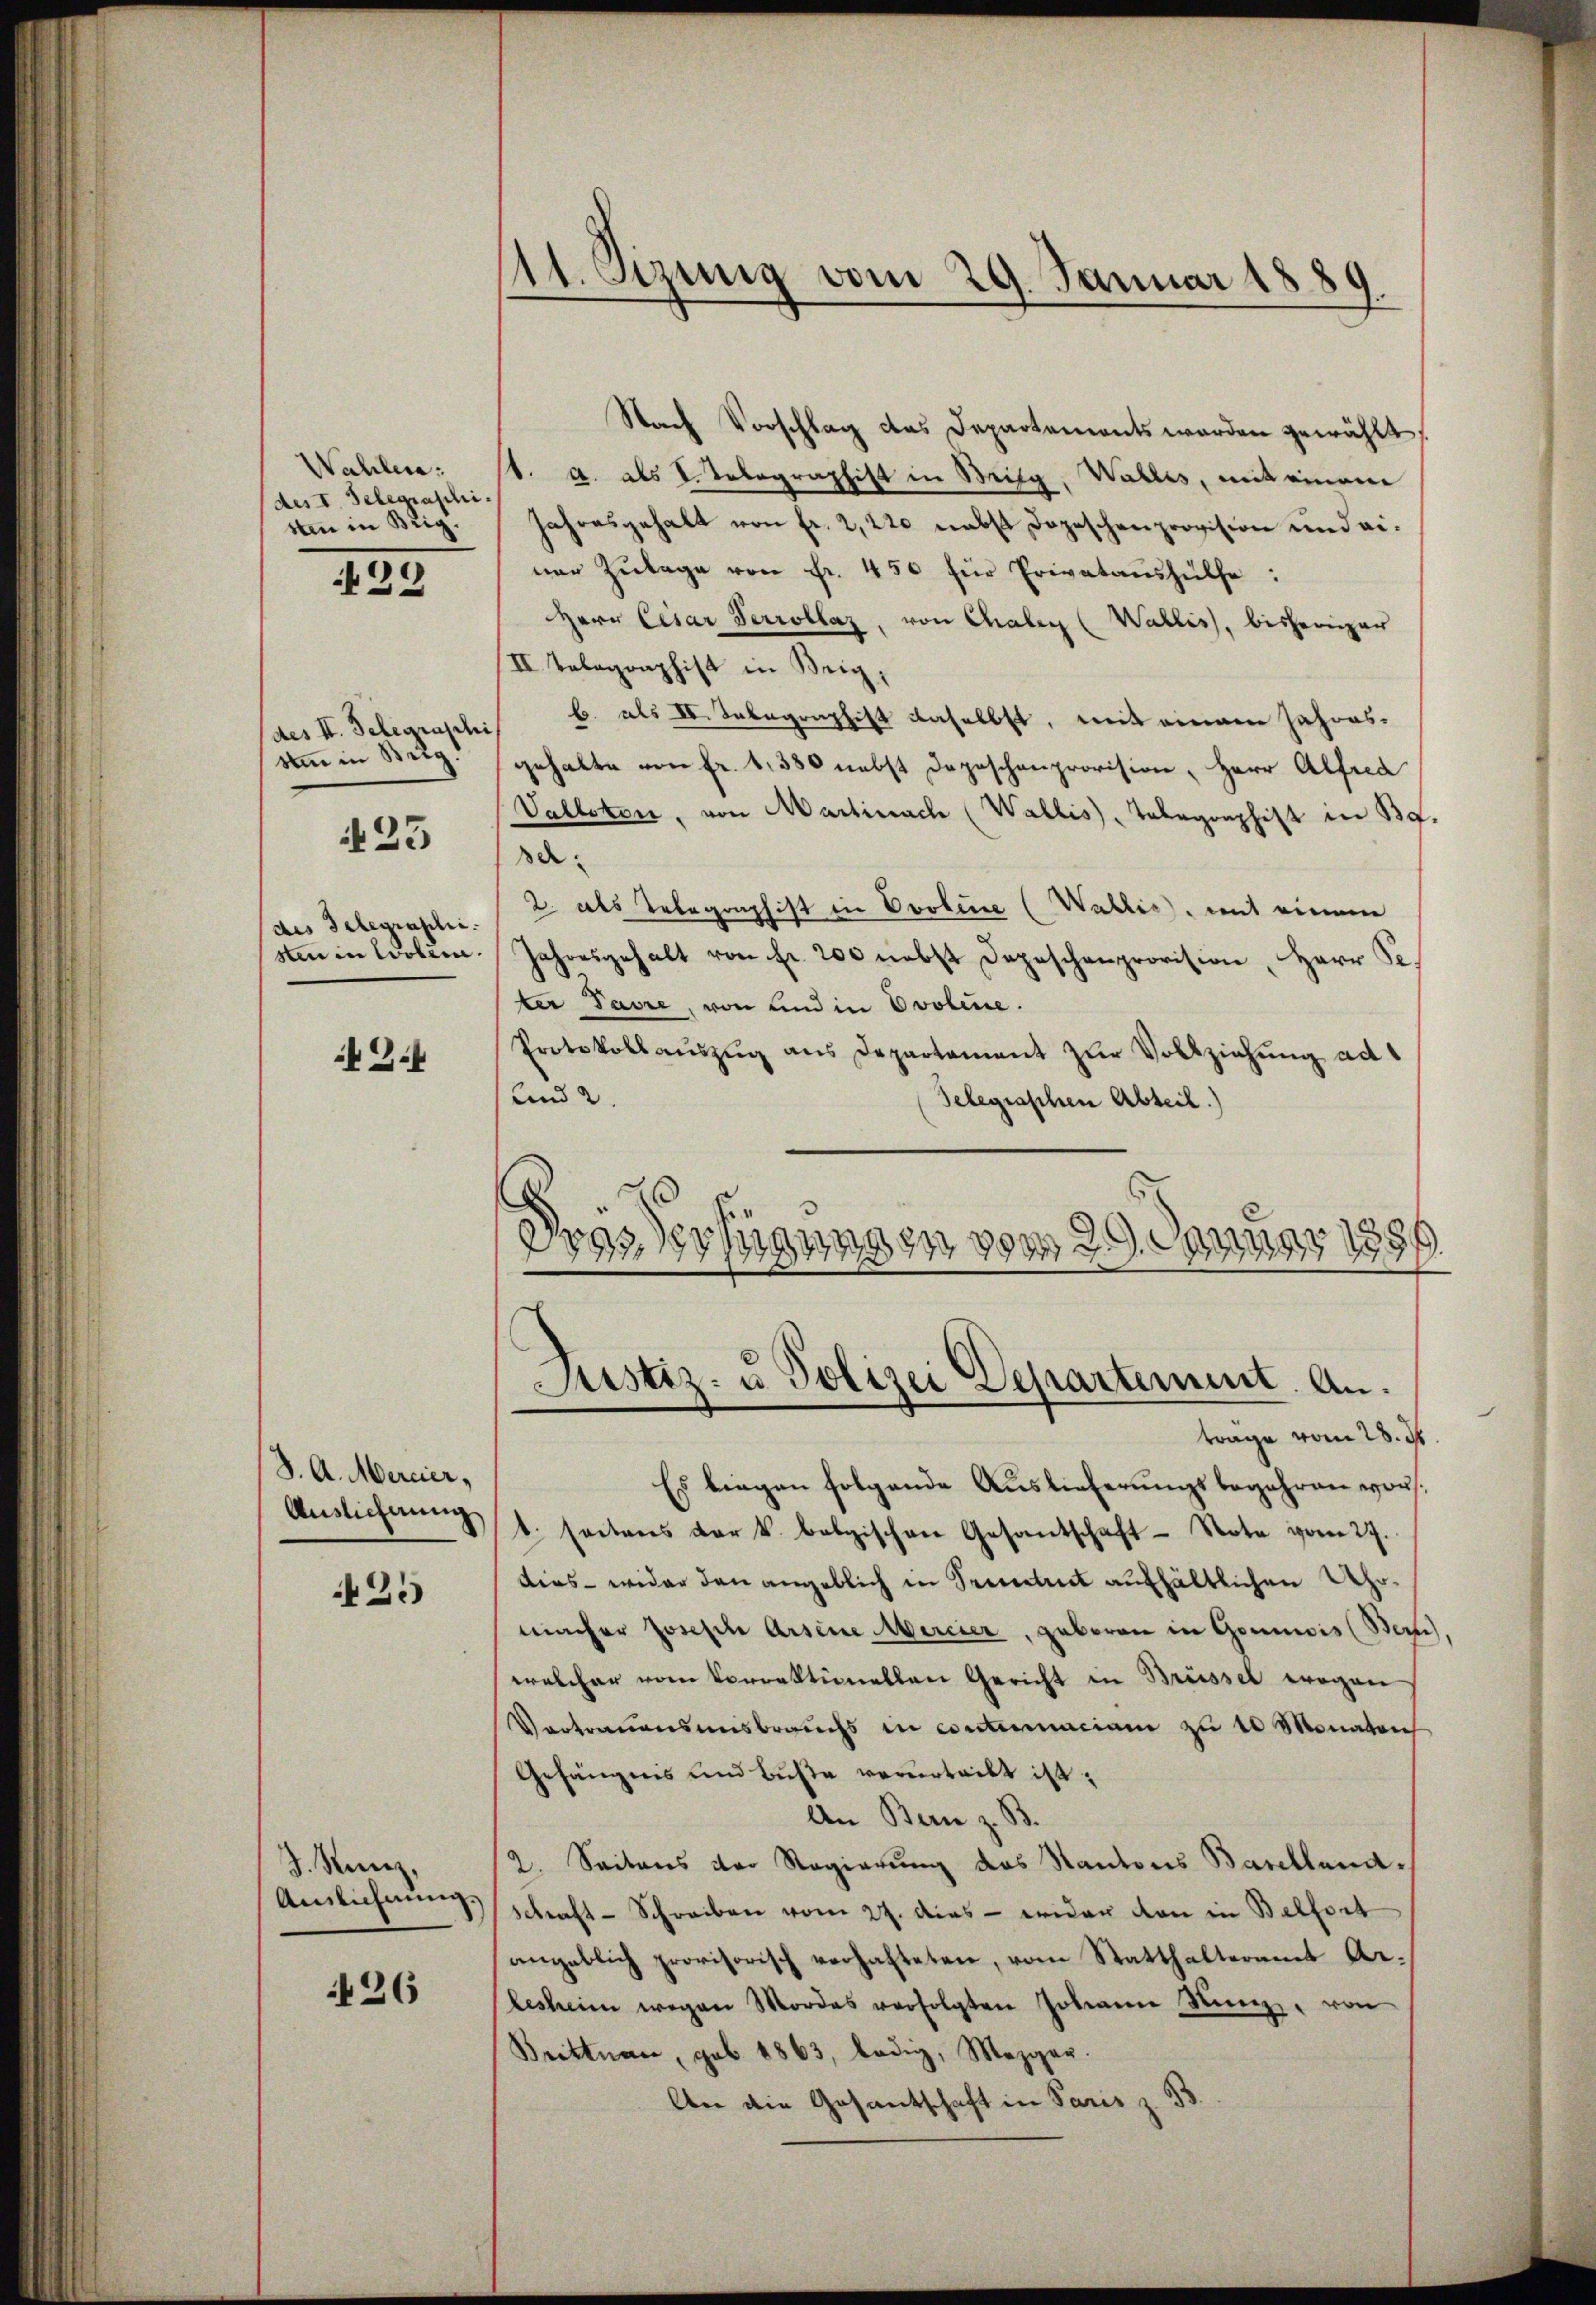
Wahlen:
des I. Selegraschi
sten in Brig.

99

sim in Reg.

23

des Telegraphie.
sten in Wollen.

2.

S. A. Mercier,
Auslieferung

425

J. Runz,
Anlichnung,

26

11. Sezung vom 29. Januar 1880
d

Nach Vorschlag des Departements werden gewählt,
st. A. als 2. Telegraphist in Mitg, Wallis, mit einem
Jahresgehalt von Fr. 2,220 nebst Dopeschenprovision und einer Zulage von Fr. 450 für Privataushülfe:
Herr Cesar Verrollaz, von Chalen (Wallis, bisheriger
II. Telegraphist in Beig,
des II. Telegraphis b. als IV. Inbegraphist daselbst, mit einem Jahresgehalte von fr. 1380 nebst Depeschenprovision, Herr Alfred
Vallikon, von Martinach (Wallis, Telegraphist in BG.
be¬
2. als Telegraphist in Ovoline (Wallis, mit einem
Jahresgehalt von Fr. 200 nebst Depeschenprovision, Herr Se
ter Pavre, von und in Ovoline.
Protokollaŭszŭg ans Departament zŭr Vollziehung ad
und 2.
Telegraschen Abteil.)
“
Pras Verfügungen vom 29. Januar 1881

Justiz- u Polizei Departement. An

trage vom 28. St.
Es liegen folgende Auslieferungsbegehren vor:
t. seitens der k. belgischen Gesantschaft Note vom 29.
dies - wider den angeblich in Prentrit aufhältlichen Uhrmacher Joseph Arsene Mercier, geboren in Goumis (Bern,
welcher vom Vorrektionellen Gericht in Brüssel wegen
Vertrauensausbrauchs in contumaciam zu 10 Monaten
Gefängnis und Buße verurteilt ist.
An Bern z. B.
2. Seitens der Regierŭng des Kantons Baselland¬
Schraft-Schreiben vom 27. dies - wider von in Belfort
angeblich provisorisch verhafteten, vom Statthalteramt Arlesheim wegen Mordes verfolgten Johann Kunz, von
Brittnau, geb. 1863, ledig, Mezger.
An die Gesantschaft in Paris z. 33.